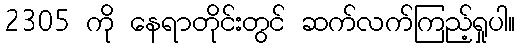
2305 ကို နေရာတိုင်းတွင် ဆက်လက်ကြည့်ရှုပါ။